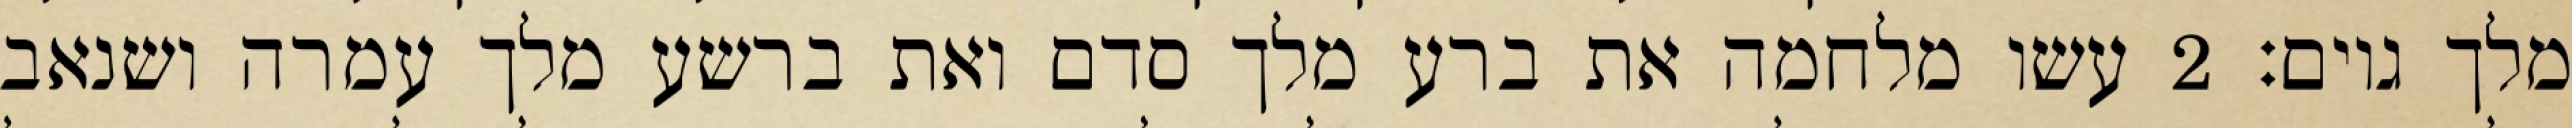
מלך גוים׃ ‎2‏ עשו מלחמה את ברע מלך סדם ואת ברשע מלך עמרה ושנאב